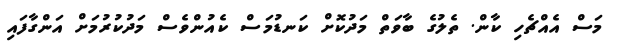
މަސް އެއްޗެހި ކާން. ތެލުގެ ބާވަތް މަދުކޮށް ކަނޑުމަސް ކެއުންވެސް މަދުކުރުމަށް އަންގާފައި